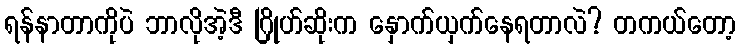
ရန်နာတာကိုပဲ ဘာလိုအဲ့ဒီ ဂြိုဟ်ဆိုးက နှောက်ယှက်နေရတာလဲ? တကယ်တော့